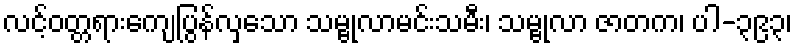
လင့်ဝတ္တရားကျေပြွန်လှသော သမ္ဗုလာမင်းသမီး၊ သမ္ဗုလာ ဇာတက၊ ပါ-၃၉၃၊